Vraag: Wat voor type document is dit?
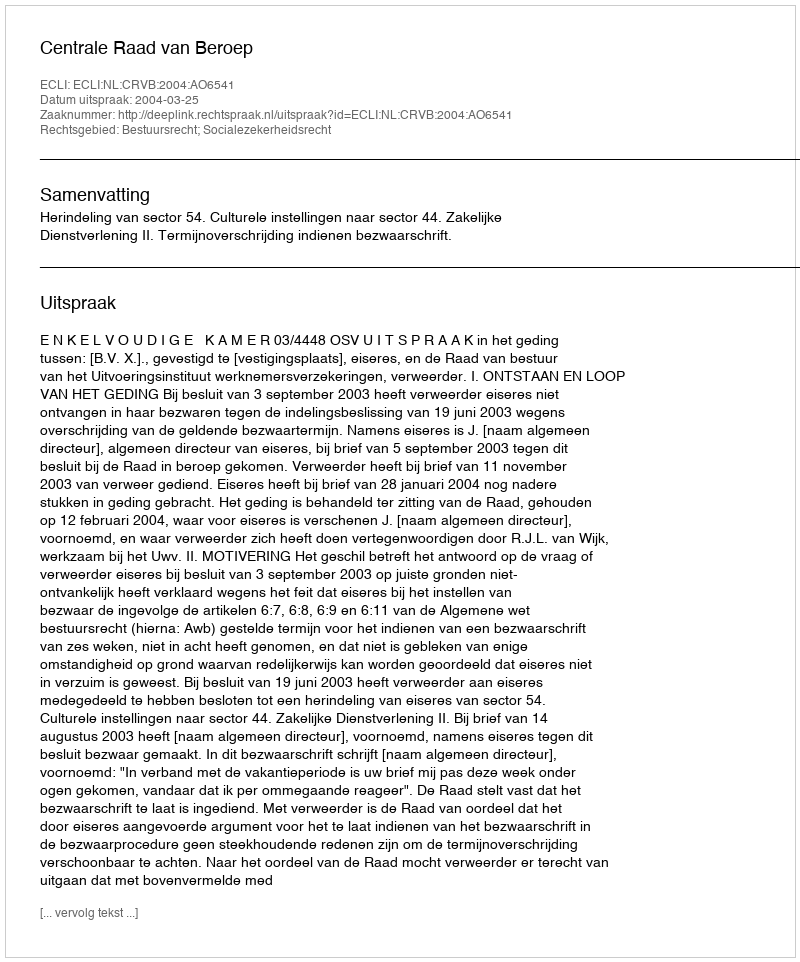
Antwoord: Uitspraak